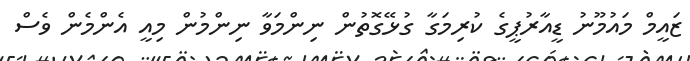
ޒައީމް މައުމޫނު ޑީއާރުޕީގެ ކުރިމަގާ ގުޅޭގޮތުން ނިންމަވާ ނިންމުން މިއީ އެންމެން ވެސް